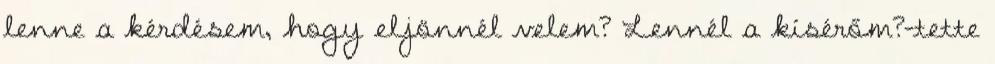
lenne a kérdésem, hogy eljönnél velem? Lennél a kísérőm?-tette